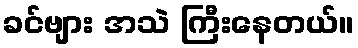
ခင်ဗျား အသဲ ကြီးနေတယ်။